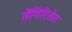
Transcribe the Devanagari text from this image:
तेंगिरितेग